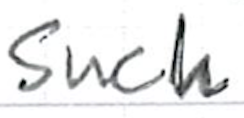
Text: such
Cross-out: clean
Writing tool: ballpoint